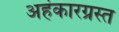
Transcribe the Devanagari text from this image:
अहंकारग्रस्त